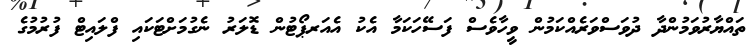
ތައްޔާރުވަމުންދާ ދުވަސްވަރެއްކަމުން ވީހާވެސް ފަސޭހަކަމާ އެކު އެއަރޕޯޓުން ޑޮލަރު ނެގުމަށްޓަކައި ފްލައިޓް ފުރުމުގެ